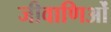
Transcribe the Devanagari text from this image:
जीवाणिओं